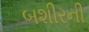
બશીરની